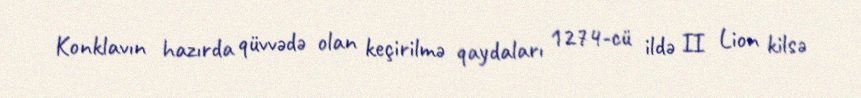
Konklavın hazırda qüvvədə olan keçirilmə qaydaları 1274-cü ildə II Lion kilsə